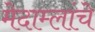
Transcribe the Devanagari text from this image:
मेदाम्लांचे